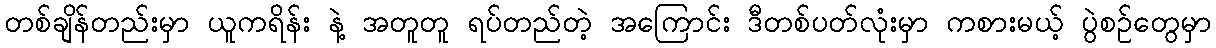
တစ်ချိန်တည်းမှာ ယူကရိန်း နဲ့ အတူတူ ရပ်တည်တဲ့ အကြောင်း ဒီတစ်ပတ်လုံးမှာ ကစားမယ့် ပွဲစဉ်တွေမှာ